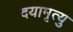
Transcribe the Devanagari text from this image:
दयामृत्यु